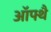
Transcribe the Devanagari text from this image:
ऑफ्थै